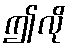
ဤလို